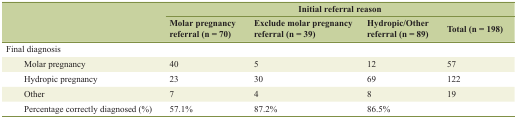
<table><thead><tr><td rowspan="2"></td><td colspan="4"><b>Initial referral reason</b></td></tr><tr><td><b>Molar pregnancy referral (n = 70)</b></td><td><b>Exclude molar pregnancy referral (n = 39)</b></td><td><b>Hydropic/Other referral (n = 89)</b></td><td><b>Total (n = 198)</b></td></tr></thead><tbody><tr><td>Final diagnosis</td><td></td><td></td><td></td><td></td></tr><tr><td>Molar pregnancy</td><td>40</td><td>5</td><td>12</td><td>57</td></tr><tr><td>Hydropic pregnancy</td><td>23</td><td>30</td><td>69</td><td>122</td></tr><tr><td>Other</td><td>7</td><td>4</td><td>8</td><td>19</td></tr><tr><td>Percentage correctly diagnosed (%)</td><td>57.1%</td><td>87.2%</td><td>86.5%</td><td></td></tr></tbody></table>